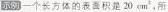
示例 一个长方体的表积是20cm^{2}，所